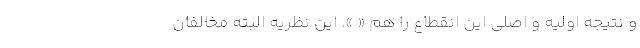
و نتیجه اولیه و اصلی این انقطاع را هم « ». این نظریه البته مخالفان